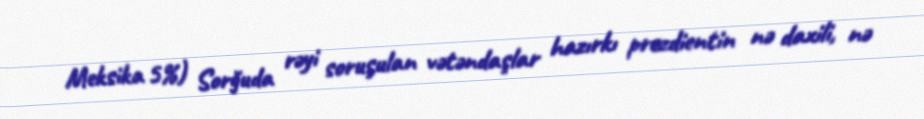
Meksika 5%) Sorğuda rəyi soruşulan vətəndaşlar hazırkı prezdientin nə daxili, nə